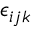
\epsilon _ { i j k }